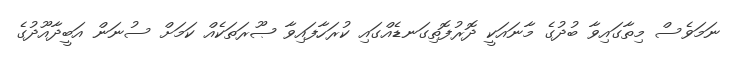
ނަމަވެސް މިތާގައިވާ ބުދުގެ މާނައަކީ ދޮރުފޮތިގަނޑެއްގައި ކުރަހާފައިވާ ޞޫރަތަކެއް ކަމަށް ސުނަން އަބީދާއޫދުގެ